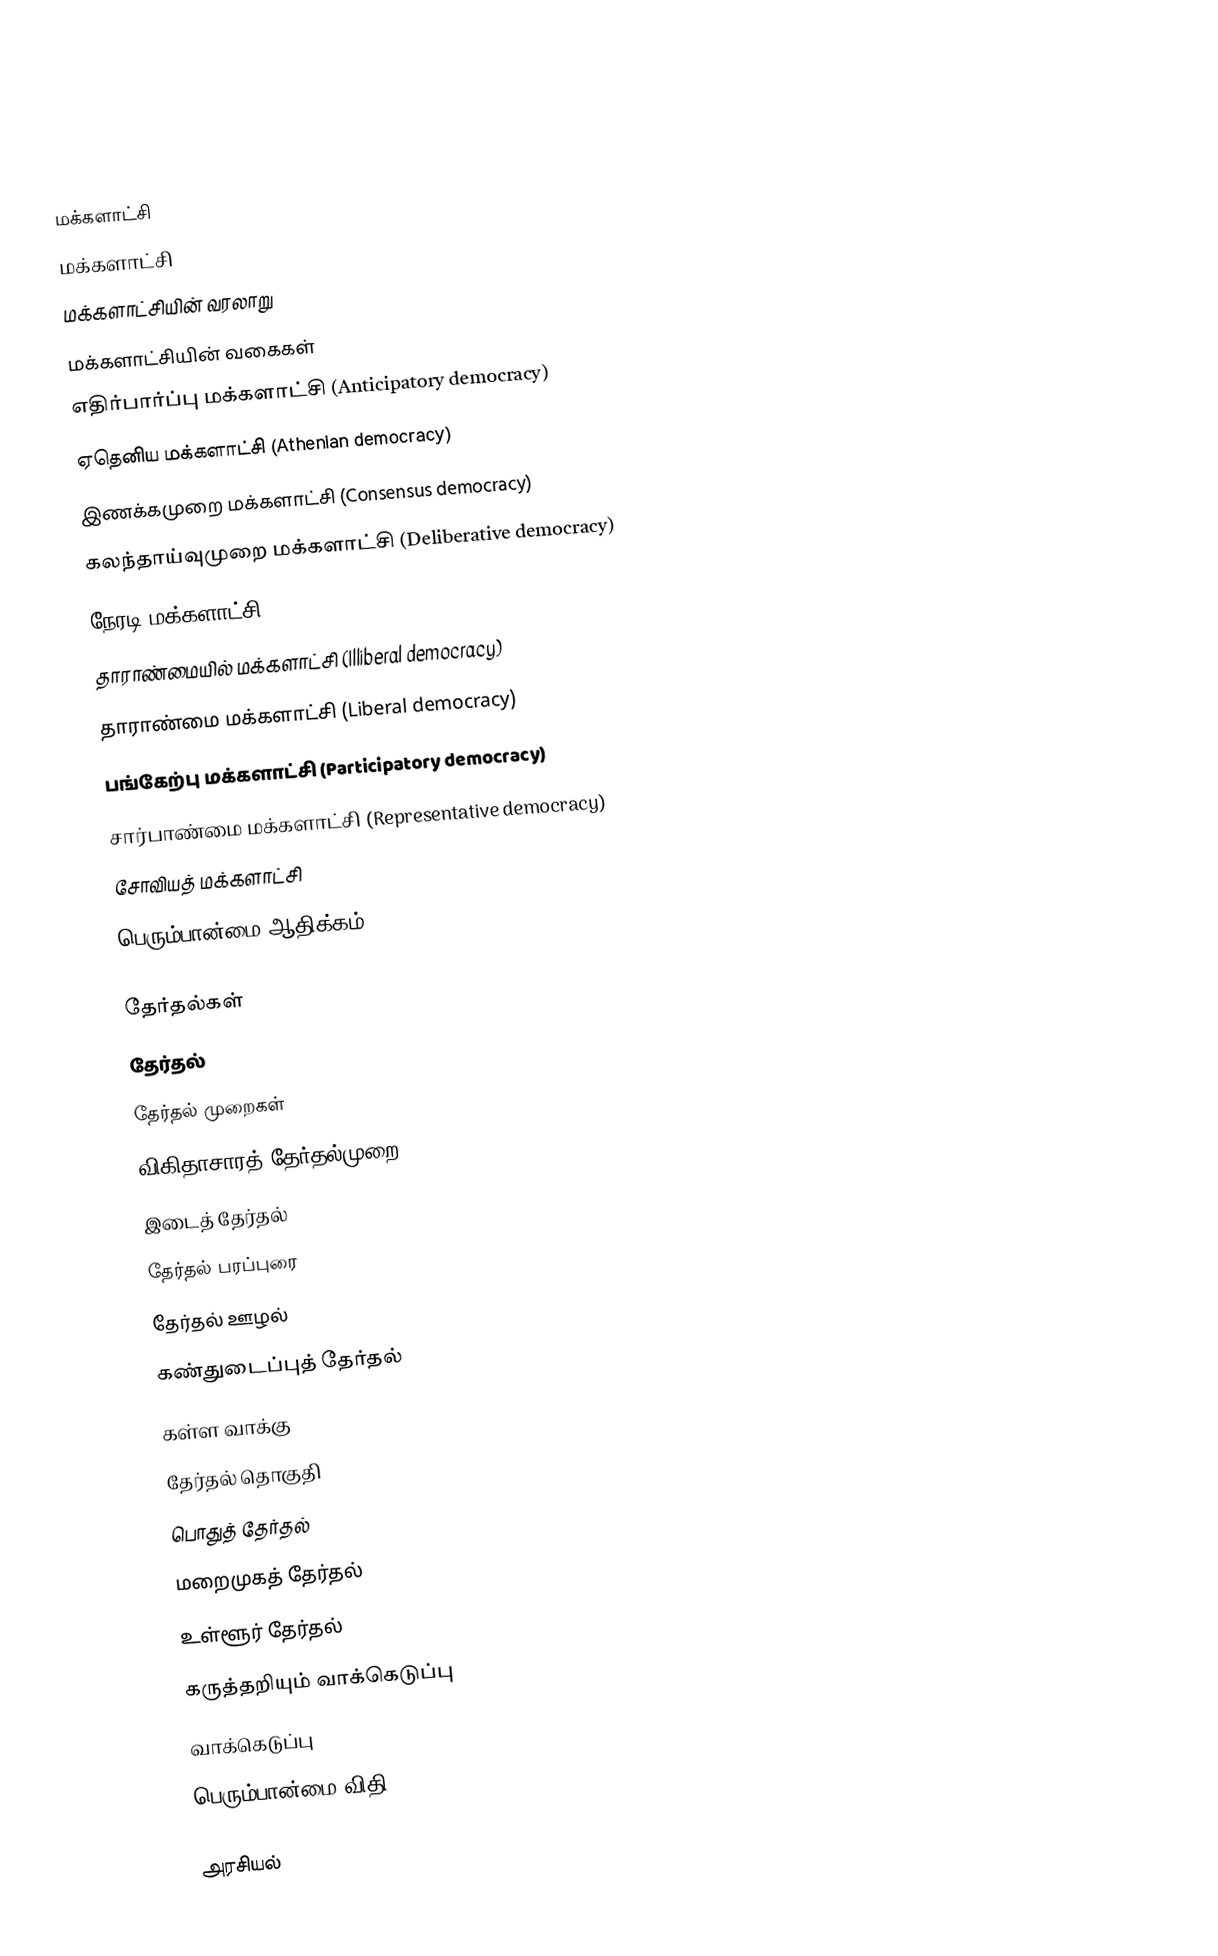

மக்களாட்சி
 மக்களாட்சி
 மக்களாட்சியின் வரலாறு
 மக்களாட்சியின் வகைகள்
 எதிர்பார்ப்பு மக்களாட்சி (Anticipatory democracy)
 ஏதெனிய மக்களாட்சி (Athenian democracy)
 இணக்கமுறை மக்களாட்சி (Consensus democracy)
 கலந்தாய்வுமுறை மக்களாட்சி (Deliberative democracy)
 நேரடி மக்களாட்சி
 தாராண்மையில் மக்களாட்சி (Illiberal democracy)
 தாராண்மை மக்களாட்சி (Liberal democracy)
 பங்கேற்பு மக்களாட்சி (Participatory democracy)
 சார்பாண்மை மக்களாட்சி (Representative democracy)
 சோவியத் மக்களாட்சி
 பெரும்பான்மை ஆதிக்கம்

தேர்தல்கள்
 தேர்தல்
 தேர்தல் முறைகள்
 விகிதாசாரத் தேர்தல்முறை
 இடைத் தேர்தல்
 தேர்தல் பரப்புரை
 தேர்தல் ஊழல்
 கண்துடைப்புத் தேர்தல்
 கள்ள வாக்கு
 தேர்தல் தொகுதி
 பொதுத் தேர்தல்
 மறைமுகத் தேர்தல்
 உள்ளூர் தேர்தல்
 கருத்தறியும் வாக்கெடுப்பு
 வாக்கெடுப்பு
 பெரும்பான்மை விதி

அரசியல்